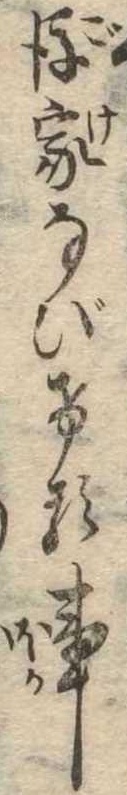
後家なびける事